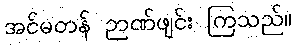
အင်မတန် ဉာဏ်ဖျင်း ကြသည်။